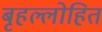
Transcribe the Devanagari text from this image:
बृहल्लोहित